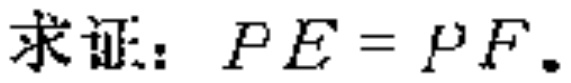
求证：\(PE = PF\).